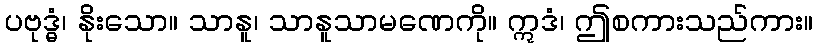
ပဗုဒ္ဓံ၊ နိုးသော။ သာနူ၊ သာနူသာမဏေကို။ ဣဒံ၊ ဤစကားသည်ကား။